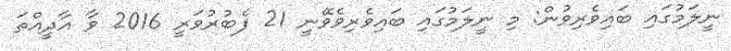
ނީލަމުގައި ބައިވެރިވުން: މި ނީލަމުގައި ބައިވެރިވެވޭނީ 21 ފެބުރުވަރީ 2016 ވާ އާދީއްތަ